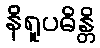
နိရူပဓိန္တိ